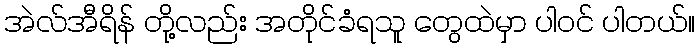
အဲလ်အီရိန် တို့လည်း အတိုင်ခံရသူ တွေထဲမှာ ပါဝင် ပါတယ်။